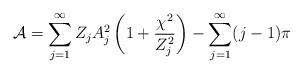
LaTeX: \begin{align*}\mathcal{A} = \sum_{j=1}^\infty Z_j A_j^2 \left( 1+\frac{\chi^2}{Z_j^2}\right)-\sum_{j=1}^\infty (j-1)\pi\end{align*}